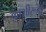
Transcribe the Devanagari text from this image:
काशीरूपी